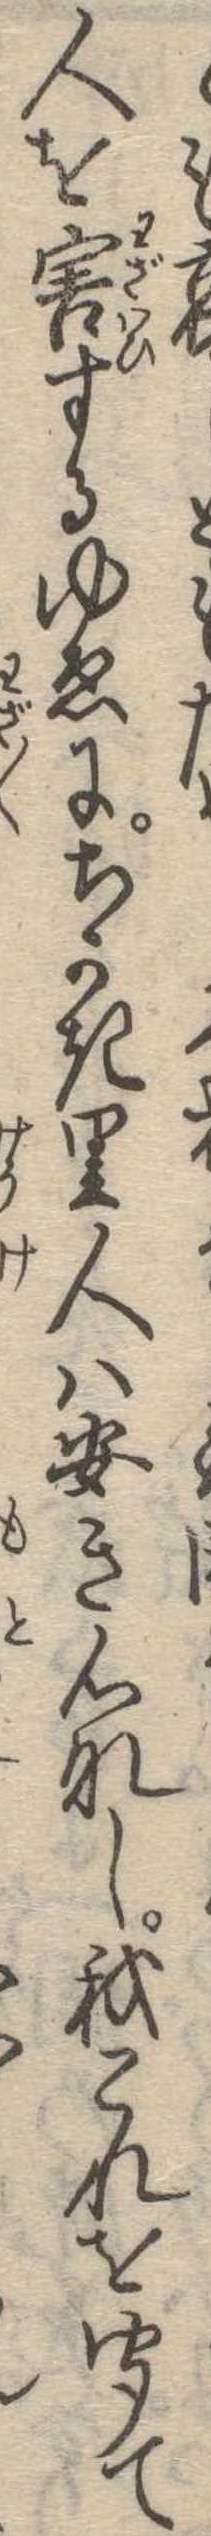
も哀人を害するゆゑにちかき里人は安き心なし我これを聞て